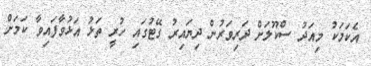
އެކަމަކު މިއަދު ސްކޫލަށް ދަރިވަރުން ދިޔައިރު ގޭޓުގައި ހުރީ ތަޅު އަޅުވާފައިވާ ކަމަށް